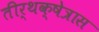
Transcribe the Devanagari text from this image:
तीर्थक्षेत्रास